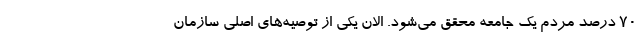
۷۰ درصد مردم یک جامعه محقق می‌شود. الان یکی از توصیه‌های اصلی سازمان